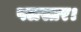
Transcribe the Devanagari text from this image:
पलस्तर।